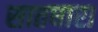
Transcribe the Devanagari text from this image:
सातधारा